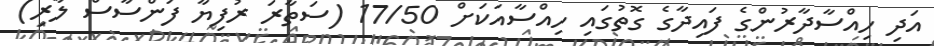
އަދި ހިއްސާދާރުންގެ ފައިދާގެ ގޮތުގައި ހިއްސާއަކަށް 17/50 (ސަތާރަ ރުފިޔާ ފަންސާސް ލާރި)